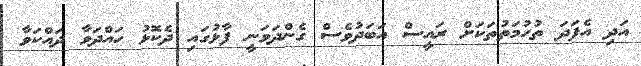
އަދި އެފަދަ ތުހުމަތުތަކަށް ރައީސް އަބަދުވެސް ގެންދަވަނީ ފާޅުގައި ދެކޮޅު ހައްދަވާ ދައްކަވާ